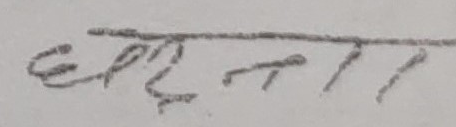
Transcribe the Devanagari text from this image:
हरचना